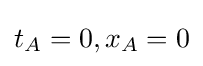
t_{A}=0,x_{A}=0